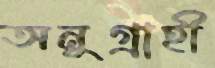
অনুগ্রাহী